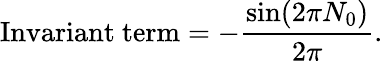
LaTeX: \mathrm{Invariant~term}=-\frac{\sin(2\pi N_{0})}{2\pi}.